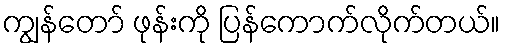
ကျွန်တော် ဖုန်းကို ပြန်ကောက်လိုက်တယ်။